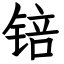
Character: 锫